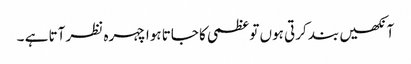
آنکھیں بند کرتی ہوں تو عظمی کا جاتا ہوا چہرہ نظر آتا ہے ۔